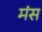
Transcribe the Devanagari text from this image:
मंस